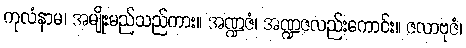
ကုလံနာမ၊ အမျိုးမည်သည်ကား။ အဏ္ဍဇံ၊ အဏ္ဍဇလည်းကောင်း။ ဇလာဗုဇံ၊